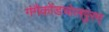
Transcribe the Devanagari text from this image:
गंगैकोंडचोलपुरम्